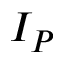
I _ { P }